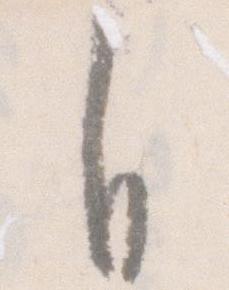
自